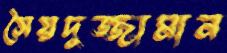
সৈয়দুজ্জামান